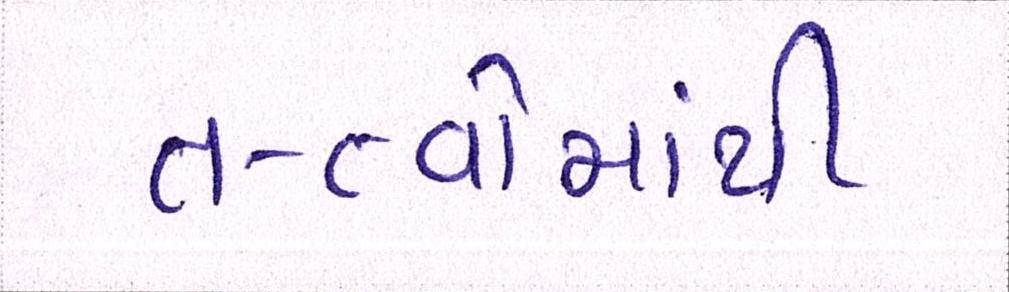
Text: તત્વોમાંથી